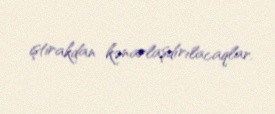
iştirakdan kənarlaşdırılacaqlar.